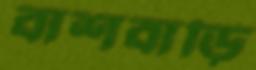
বাশবাড়ি